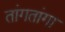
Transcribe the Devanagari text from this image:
तांगतांगा